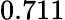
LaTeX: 0.711